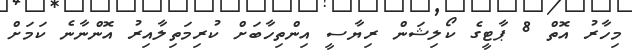
މިހާރު އޮތް 8 ޕާޓީގެ ކޯލިޝަން ރިޔާސީ އިންތިހާބަށް ކުރިމަތިލާއިރު އޮންނާނެ ކަމަށް